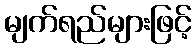
မျက်ရည်များဖြင့်